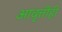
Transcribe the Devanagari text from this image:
आवृत्तीही